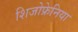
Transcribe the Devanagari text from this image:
शिजोफ्रेनिया